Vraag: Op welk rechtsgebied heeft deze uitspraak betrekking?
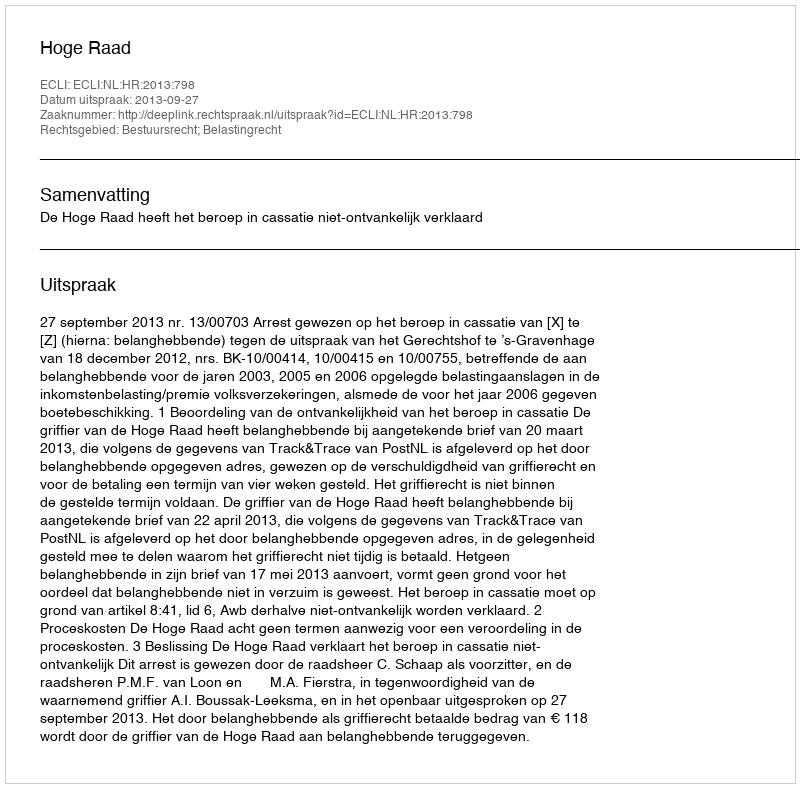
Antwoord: Bestuursrecht; Belastingrecht